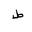
Letter: _da